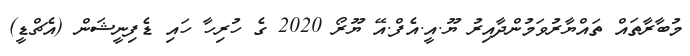
މުބާރާތައް ތައްޔާރުވަމުންދާއިރު ޔޫ.އީ.އެފް.އޭ ޔޫރޯ 2020 ގެ ހުރިހާ ހައި ޑެފިނީޝަން (އެޗްޑީ)